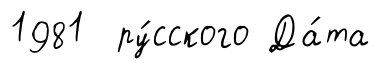
1981 ру́сского Да́та